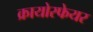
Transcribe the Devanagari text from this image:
क्रायोस्फेयर